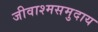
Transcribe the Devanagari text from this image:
जीवाश्मसमुदाय